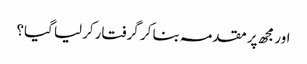
اور مجھ پر مقدمہ بنا کر گرفتار کرلیا گیا؟